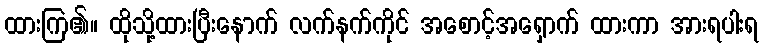
ထားကြ၏။ ထိုသို့ထားပြီးနောက် လက်နက်ကိုင် အစောင့်အရှောက် ထားကာ အားရပါးရ